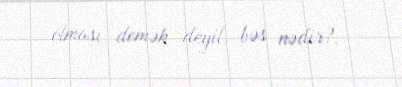
olması demək deyil, bəs nədir?.